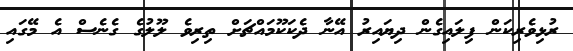
ރުޅިވެރިކަން ފިލައިގެން ދިޔައިރު އޭނާ ދެކަކޫމައްޗަށް ތިރިވެ ލޫލުގެ ގެނެސް އެ މޭގައި